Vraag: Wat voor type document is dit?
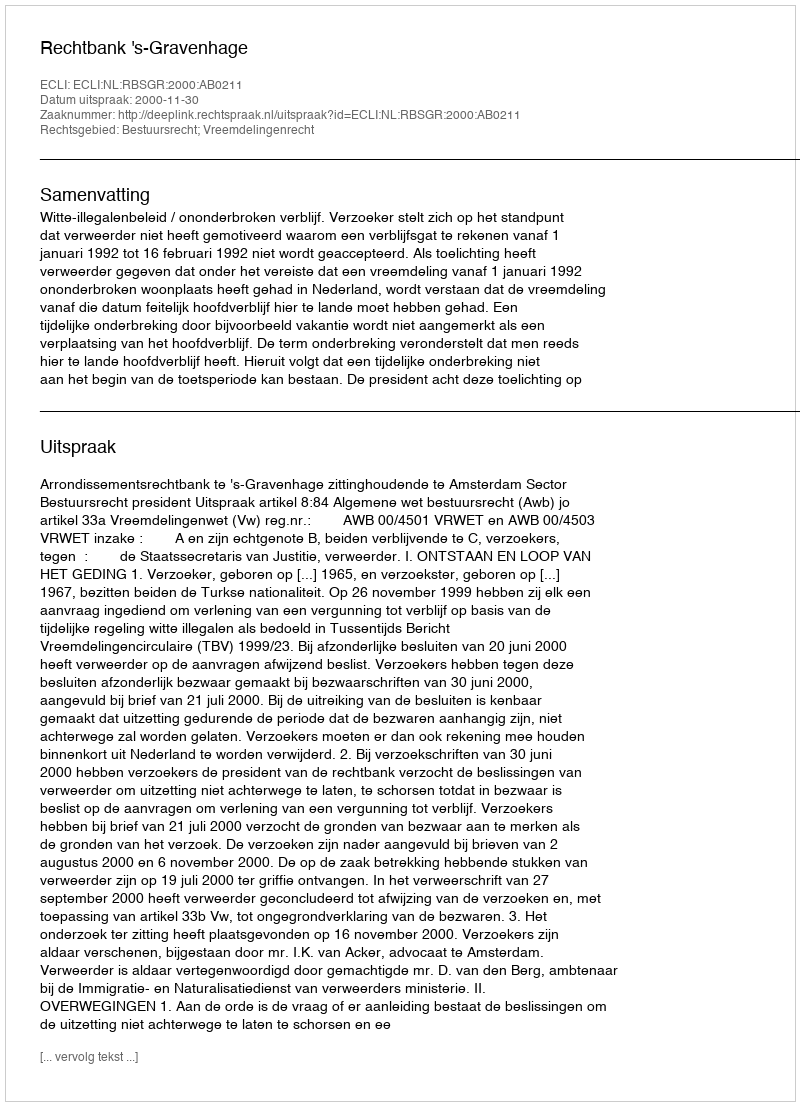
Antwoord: Uitspraak